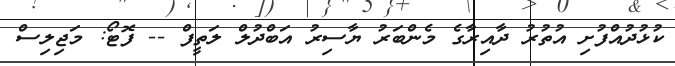
ކުޅުދުއްފުށި އުތުރު ދާއިރާގެ މެންބަރު ޔާސިރު އަބްދުލް ލަތީފް -- ފޮޓޯ: މަޖިލިސް